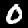
Digit: 0